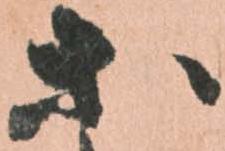
等